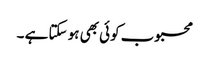
محبوب کوئی بھی ہو سکتا ہے ۔